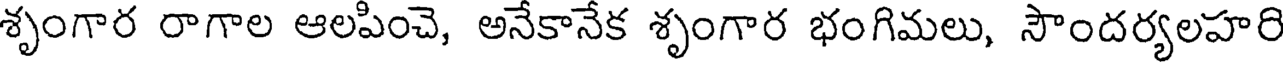
శృంగార రాగాల ఆలపించె, అనేకానేక శృంగార భంగిమలు, సౌందర్యలహరి